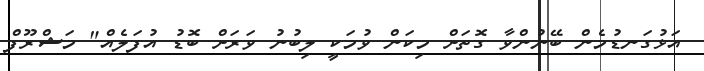
އަޅުގަނޑުމެން ބޭނުންވާ ގޮތަށް މިކަން ވުމަކީ ލިބުނު ވަރަށް ބޮޑު އުފަލެއް" މަޝްރޫފް